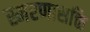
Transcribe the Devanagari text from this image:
स्मरणासक्ति